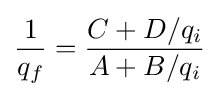
{1 \over q_{f}}={\frac {C+D/q_{i}}{A+B/q_{i}}}